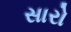
સારો